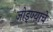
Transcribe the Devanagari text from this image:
जोड्ण्याचे